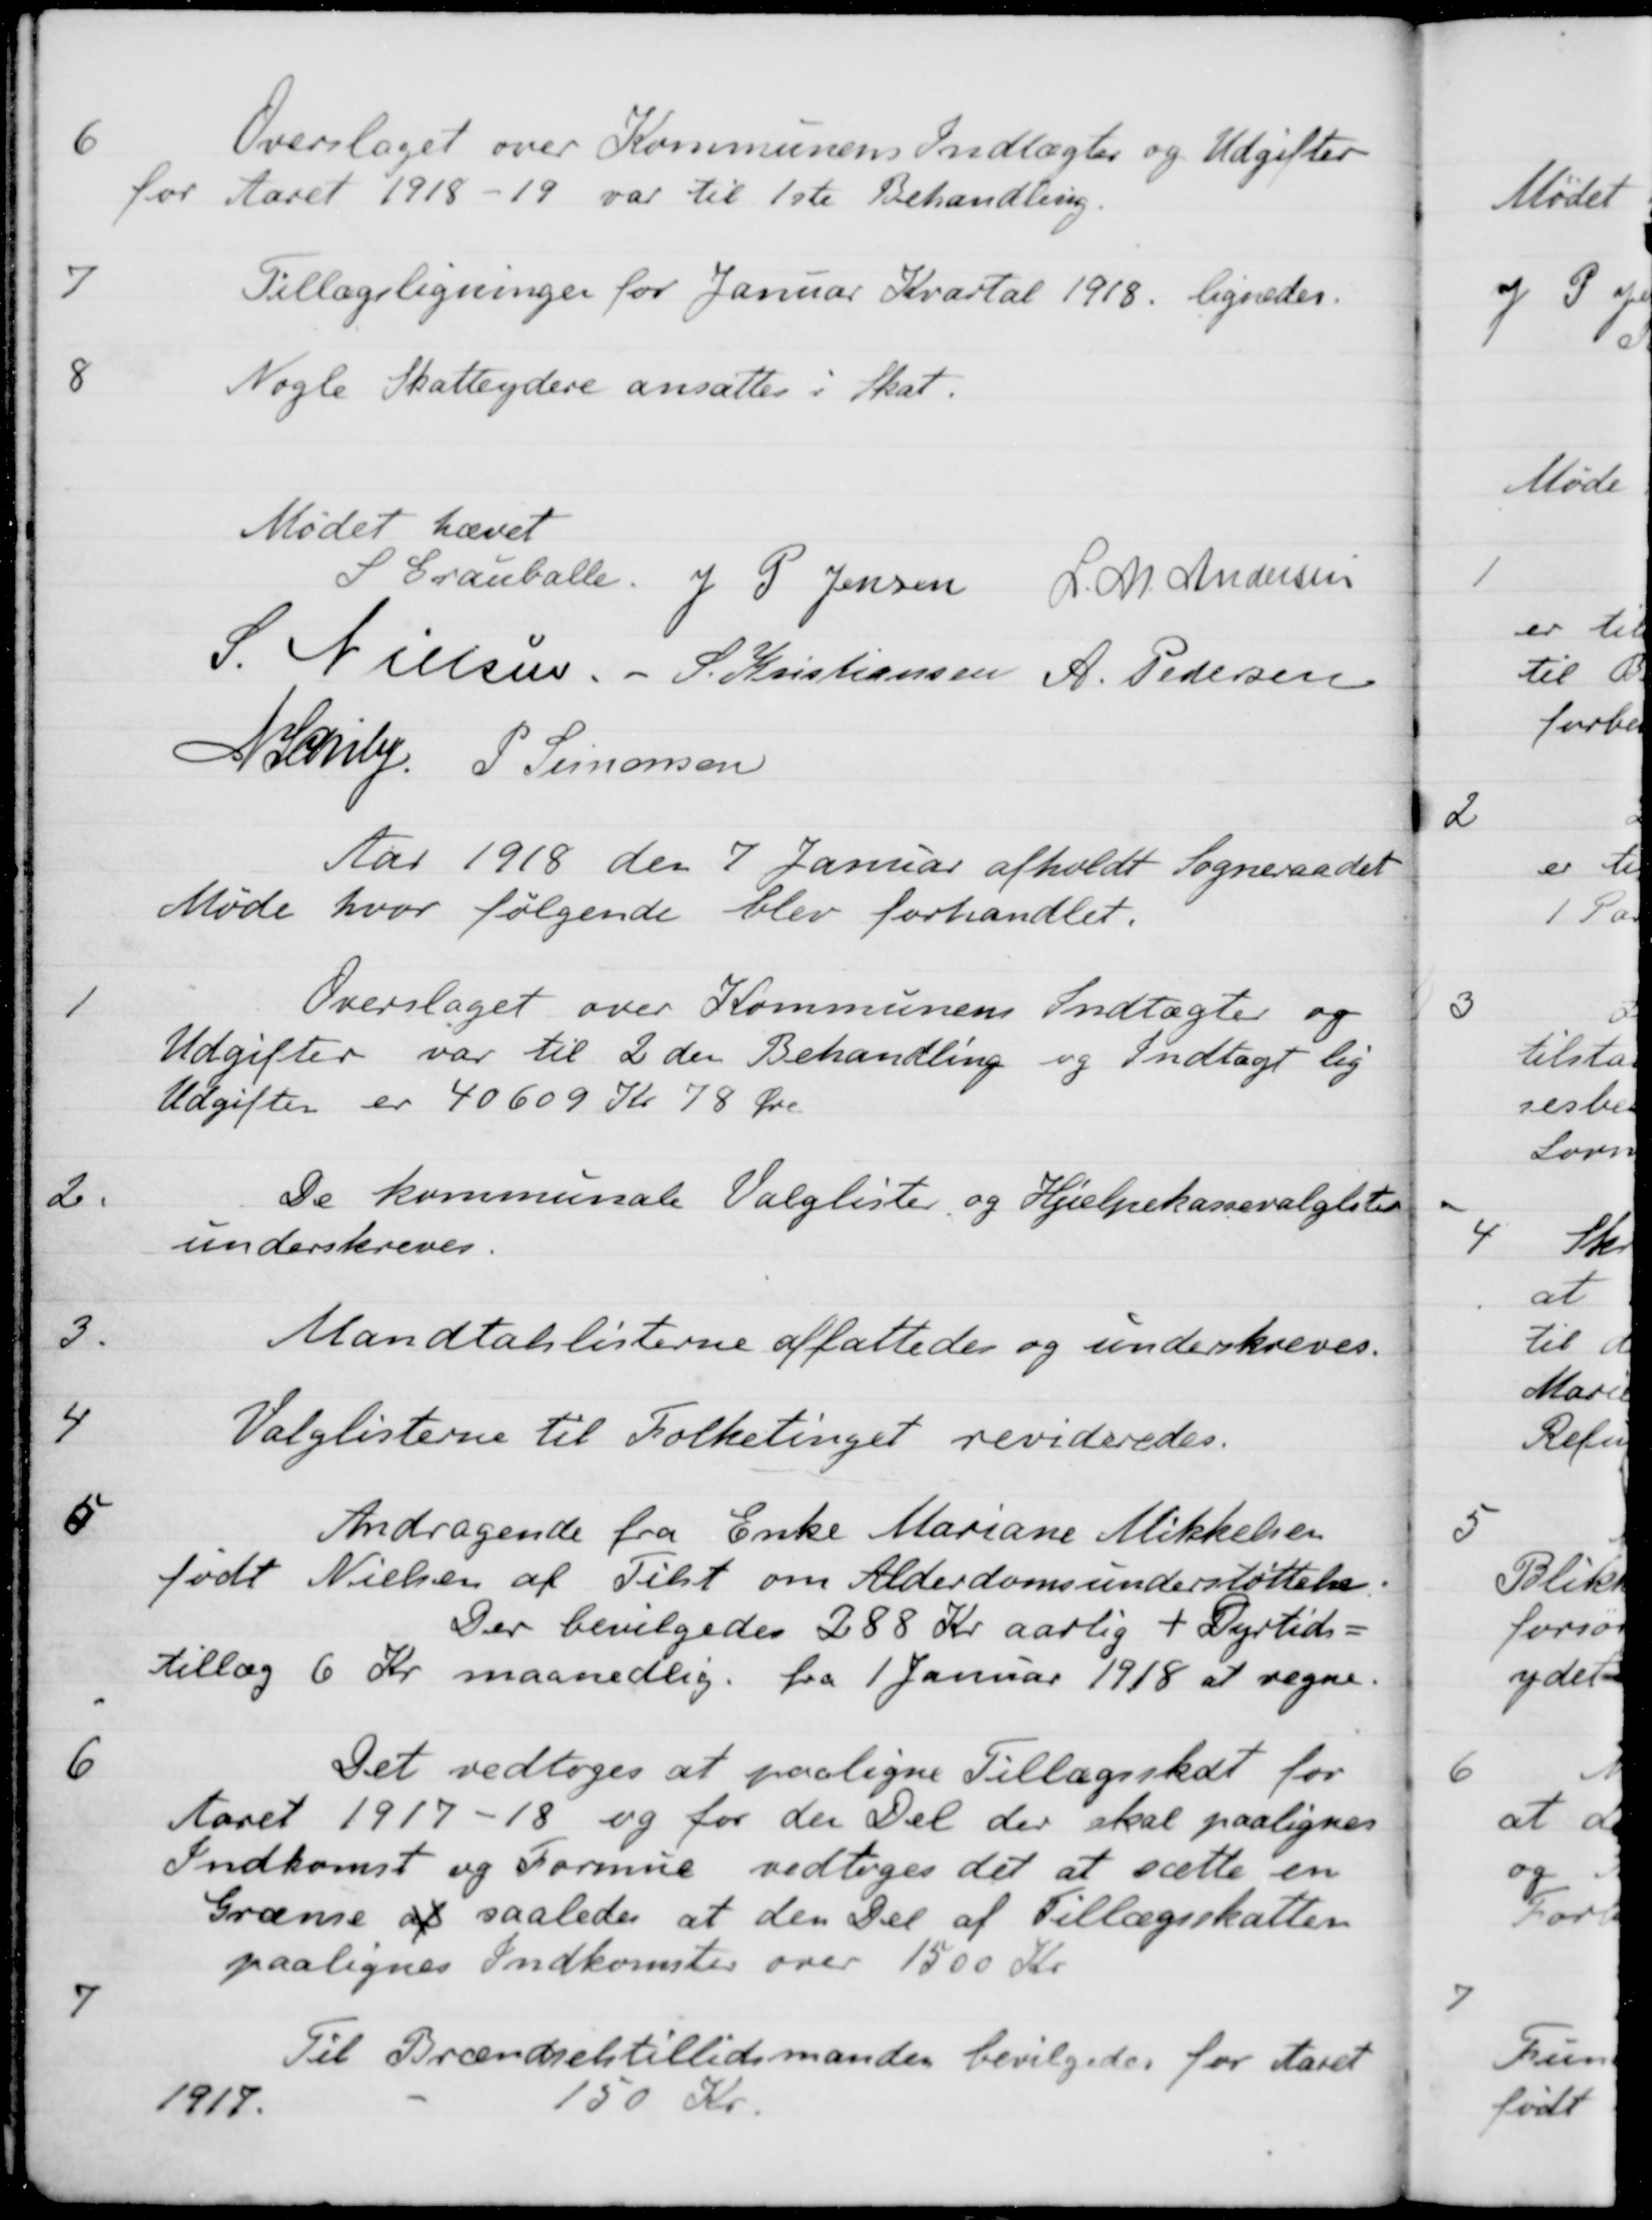
Transskription:
6
Overslaget over Kommunens Indtægter og Udgifter
for Aaret 1918-19 var til 1ste Behandling.
7
Tillægsligninger for Januar Kvartal 1918. lignedes.
8
Nogle Skatteydere ansattes i Skat.
Mødet hævet
S Grauballe
J P Jensen
L. M. Andersen
S Nielsen
S. Kristiansen
A. Pedersen
A. Schiby
P. Simonsen
Aar 1918 den 7 Januar afholdt Sogneraadet
Møde hvor følgende blev forhandlet.
1
Overslaget over Kommunens Indtægter og
Udgifter var til 2den Behandling og Indtægt lig
Udgifter er 40609 Kr 78 Øre
2.
De kommunale Valglister og Hjælpekassevalglisten
underskreves.
3
Mandtalslisterne affattedes og underskreves.
4
Valglisterne til Folketinget revideredes.
5
Andragende fra Enke Mariane Mikkelsen
født Nielsen af Tilst om Alderdomsunderstøttelse.
Der bevilgedes 288 Kr aarlig + Dyrtids-
tillæg 6 Kr maanedlig fra 1 Januar 1918 at regne.
6
Det vedtoges at paaligne Tillægsskat for
Aaret 1917-18 og for den Del der skal paalignes
Indkomst og Formue vedtoges det at sætte en
Grænse af saaledes at den Del af Tillægsskatten
paalignes Indkomster over 1500 Kr
7
Til Brændselstillidsmanden bevilgedes for Aaret
1917
150 Kr.